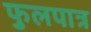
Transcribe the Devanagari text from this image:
फुलपात्र